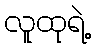
လူထုရဲ့